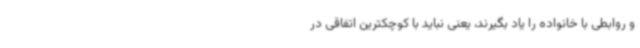
و روابطی با خانواده را یاد بگیرند، یعنی نباید با کوچکترین اتفاقی در